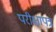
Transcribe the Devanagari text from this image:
परीक्षापत्र